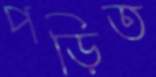
পড়িত